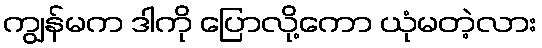
ကျွန်မက ဒါကို ပြောလို့ကော ယုံမတဲ့လား